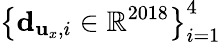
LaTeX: \left\{ {\mathbf d}_{{\mathbf u}_{x},i}\in\mathbb{R}^{2018}\right\} _{i=1}^{4}